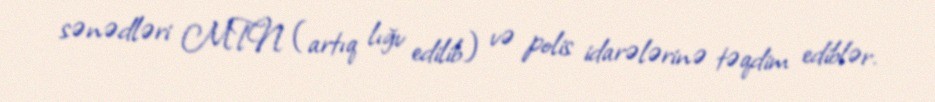
sənədləri MTN (artıq lığv edilib) və polis idarələrinə təqdim ediblər.